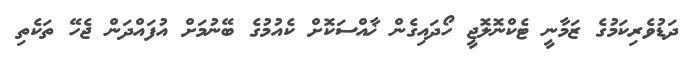
ދަޑުވެރިކަމުގެ ޒަމާނީ ޓެކްނޮލޮޖީ ހޯދައިގެން ޚާއްސަކޮށް ކެއުމުގެ ބޭނުމަށް އުފައްދަން ޖެހޭ ތަކެތި